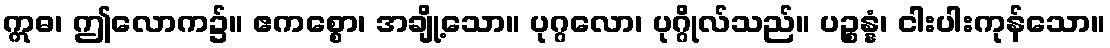
ဣဓ၊ ဤလောက၌။ ဧကစ္စော၊ အချို့သော။ ပုဂ္ဂလော၊ ပုဂ္ဂိုလ်သည်။ ပဉ္စန္နံ၊ ငါးပါးကုန်သော။